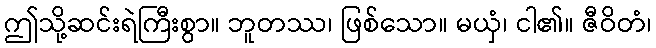
ဤသို့ဆင်းရဲကြီးစွာ။ ဘူတဿ၊ ဖြစ်သော။ မယှံ၊ ငါ၏။ ဇီဝိတံ၊